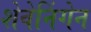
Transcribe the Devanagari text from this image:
शेवेनिंगेन